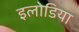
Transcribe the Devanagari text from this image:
इलोडिया